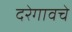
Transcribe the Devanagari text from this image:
दरेगावचे